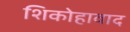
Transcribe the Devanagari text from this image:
शिकोहावाद